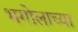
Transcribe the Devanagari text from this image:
भगोलाच्या